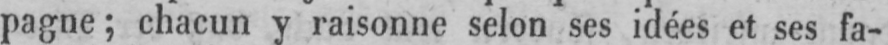
pagne; chacun y raisonne selon ses idées et ses fa-